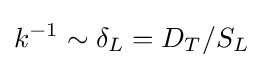
k^{-1}\sim \delta _{L}=D_{T}/S_{L}